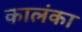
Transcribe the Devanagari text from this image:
कालंका